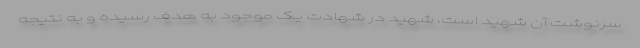
سرنوشت آن شهید است، شهید در شهادت یک موجود به هدف رسیده و به نتیجه